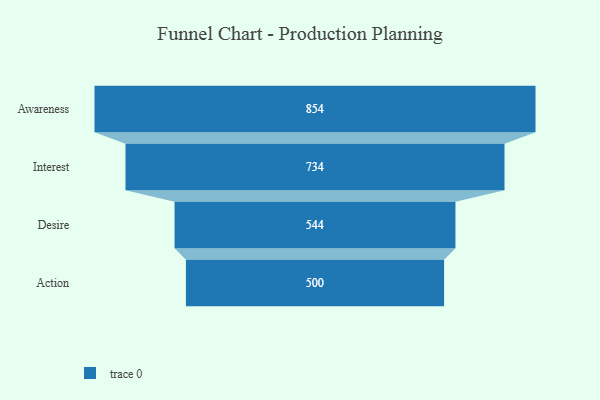
{"axis": {"x": "Stage", "y": "Value"}, "legend": [""], "data": [{"x": "Awareness", "y": 854.0, "type": ""}, {"x": "Interest", "y": 734.0, "type": ""}, {"x": "Desire", "y": 544.0, "type": ""}, {"x": "Action", "y": 500, "type": ""}]}